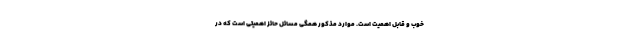
خوب و قابل اهمیت است. موارد مذکور همگی مسائل حائز اهمیتی است که در